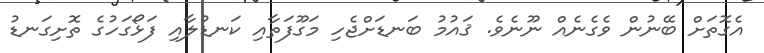
އެގޮތަށް ބޭނުން ވެގެނެއް ނޫނެވެ. ޤައުމު ބަނޑަށްޖެހި މަގޫފަތާއި ކަނޑުލާއި ފަޅޯގަހުގެ ތޮށިގަނޑު